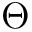
\Theta